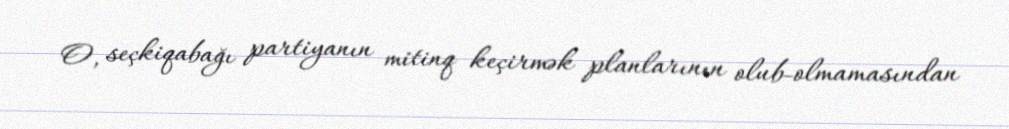
O, seçkiqabağı partiyanın mitinq keçirmək planlarının olub-olmamasından